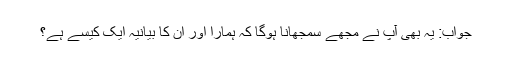
جواب: یہ بھی آپ نے مجھے سمجھانا ہوگا کہ ہمارا اور ان کا بیانیہ ایک کیسے ہے؟